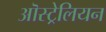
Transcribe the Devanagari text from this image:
ऒस्ट्रेलियन